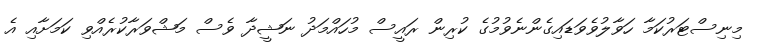
މިނިސްޓަރުކަމާ ހަވާލުވެވަޑައިގެންނެވުމުގެ ކުރިން ރައީސް މުހައްމަދު ނަޝީދާ ވެސް މަޝްވަރާކުރެއްވި ކަމަށާއި އެ